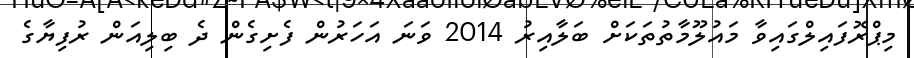
މިޕްރޮފައިލްގައިވާ މައުލޫމާތުތަކަށް ބަލާއިރު 2014 ވަނަ އަހަރުން ފެށިގެން ދެ ބިލިއަން ރުފިޔާގެ